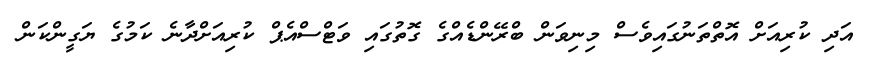
އަދި ކުރިއަށް އޮތްތަނުގައިވެސް މިނިވަން ބްރޭންޑެއްގެ ގޮތުގައި ވަޓްސްއެޕް ކުރިއަށްދާނެ ކަމުގެ ޔަގީންކަން